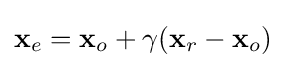
\mathbf {x} _{e}=\mathbf {x} _{o}+\gamma (\mathbf {x} _{r}-\mathbf {x} _{o})